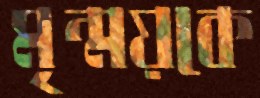
মৃন্ময়কে